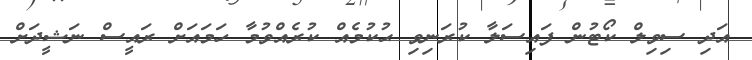
އަދި ސިވިލް ކޯޓުން ފައިސަލާ ކުރަނިވި ޙުކުމެއް ކުރެއްވުމާ ހަމައަށް ރައީސް ނަޝީދަށް